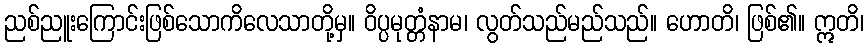
ညစ်ညူးကြောင်းဖြစ်သောကိလေသာတို့မှ။ ဝိပ္ပမုတ္တံနာမ၊ လွတ်သည်မည်သည်။ ဟောတိ၊ ဖြစ်၏။ ဣတိ၊